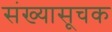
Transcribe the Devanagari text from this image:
संख्यासूचक